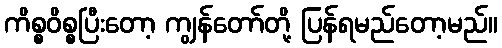
ကိစ္စဝိစ္စပြီးတော့ ကျွန်တော်တို့ ပြန်ရမည်တော့မည်။